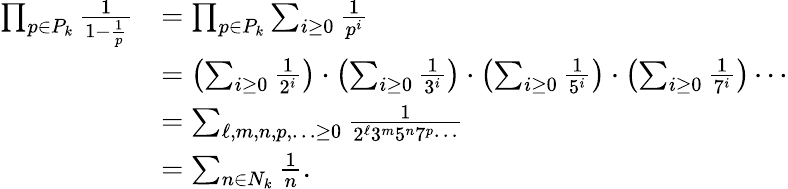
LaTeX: {\begin{array}{rl}{\prod_{p\in P_{k}}{\frac{1}{1-{\frac{1}{p}}}}}&{=\prod_{p\in P_{k}}\sum_{i\geq 0}{\frac{1}{p^{i}}}}\\ &{=\left(\sum_{i\geq 0}{\frac{1}{2^{i}}}\right)\cdot\left(\sum_{i\geq 0}{\frac{1}{3^{i}}}\right)\cdot\left(\sum_{i\geq 0}{\frac{1}{5^{i}}}\right)\cdot\left(\sum_{i\geq 0}{\frac{1}{7^{i}}}\right)\cdots}\\ &{=\sum_{\ell,m,n,p,\ldots\geq 0}{\frac{1}{2^{\ell}3^{m}5^{n}7^{p}\cdots}}}\\ &{=\sum_{n\in N_{k}}{\frac{1}{n}}.}\end{array}}